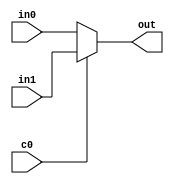
module mux2b32(
	input[31:0] in0,
	input[31:0] in1,
	input c0,
	output[31:0] out
);
	assign out = (!c0)?in0 : in1;

endmodule